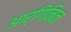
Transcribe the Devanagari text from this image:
आर्गिनिन